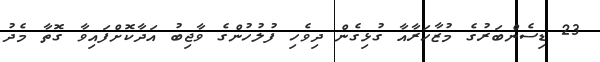
23 ޑިސެންބަރުގެ މުޒާހަރާއާ ގުޅިގެން ދިވެހި ފުލުހުންގެ ވާޖިބު އަދާކޮށްފައިވާ ގޮތާ މެދު